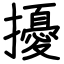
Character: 擾